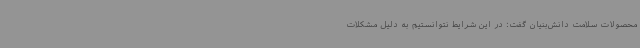
محصولات سلامت دانش‌بنیان گفت: در این شرایط نتوانستیم به دلیل مشکلات